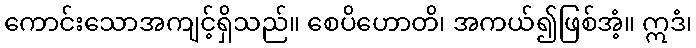
ကောင်းသောအကျင့်ရှိသည်။ စေပိဟောတိ၊ အကယ်၍ဖြစ်အံ့။ ဣဒံ၊